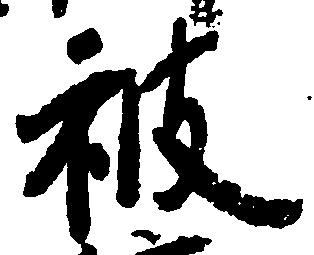
被